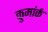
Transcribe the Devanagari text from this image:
कुमांर्क